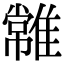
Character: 𩀯